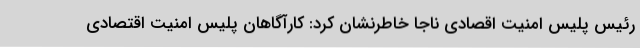
رئیس پلیس امنیت اقصادی ناجا خاطرنشان کرد: کارآگاهان پلیس امنیت اقتصادی